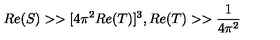
R e ( S ) > > [ 4 \pi ^ { 2 } R e ( T ) ] ^ { 3 } , R e ( T ) > > \frac { 1 } { 4 \pi ^ { 2 } }